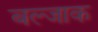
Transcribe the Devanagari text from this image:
बल्जाक